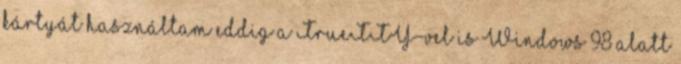
kártyát használtam eddig a TrueTTY-vel is Windows 98 alatt